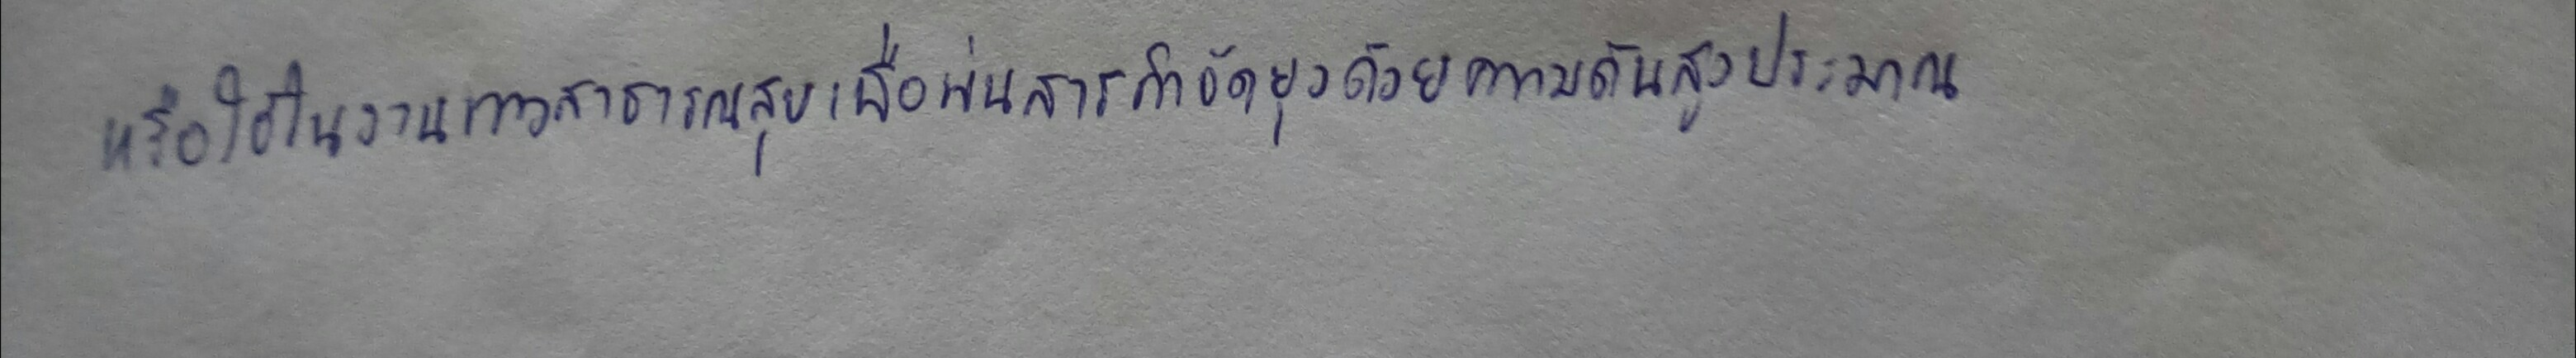
หรือใช้ในงานทางสาธารณสุขเพื่อพ่นสารกำจัดยุงด้วยความดันสูงประมาณ